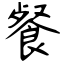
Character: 餐